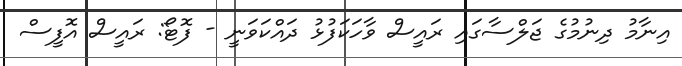
އިނާމު ދިނުމުގެ ޖަލްސާގައި ރައީސް ވާހަކަފުޅު ދައްކަވަނީ - ފޮޓޯ: ރައީސް އޮފީސް